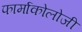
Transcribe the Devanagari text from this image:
फार्माकोलोजी